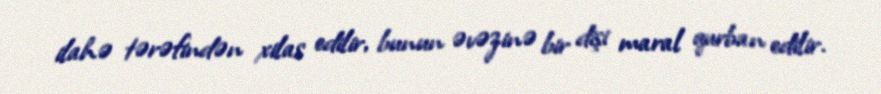
ilahə tərəfindən xilas edilir, bunun əvəzinə bir dişi maral qurban edilir.